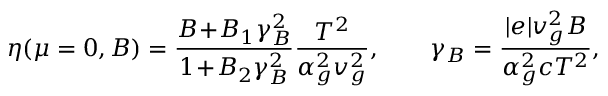
\eta ( \mu = 0 , B ) = \frac { { \cal B } \! + \! { \cal B } _ { 1 } \gamma _ { B } ^ { 2 } } { 1 \! + \! { \cal B } _ { 2 } \gamma _ { B } ^ { 2 } } \frac { T ^ { 2 } } { \alpha _ { g } ^ { 2 } v _ { g } ^ { 2 } } , \qquad \gamma _ { B } = \frac { | e | v _ { g } ^ { 2 } B } { \alpha _ { g } ^ { 2 } c T ^ { 2 } } ,